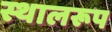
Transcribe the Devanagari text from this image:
स्थालरूप